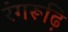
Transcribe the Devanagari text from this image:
रंगरूढ़ि